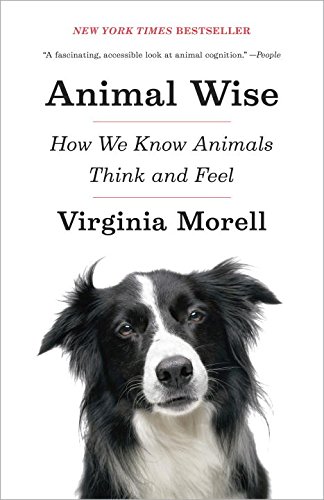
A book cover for Animal Wise: How We Know Animals Think and Feel; Virginia Morell; Science & Math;